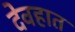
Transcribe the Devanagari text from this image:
देवहात